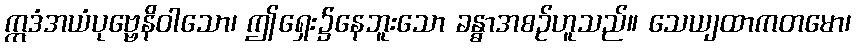
ဣဒံအယံပုဗ္ဗေနိဝါသော၊ ဤရှေး၌နေဘူးသော ခန္ဓာအစဉ်ဟူသည်။ သေယျထာကတမော၊